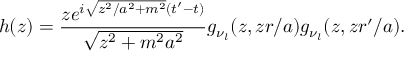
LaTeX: h ( z ) = \frac { z e ^ { i \sqrt { z ^ { 2 } / a ^ { 2 } + m ^ { 2 } } ( t ^ { \prime } - t ) } } { \sqrt { z ^ { 2 } + m ^ { 2 } a ^ { 2 } } } g _ { \nu _ { l } } ( z , z r / a ) g _ { \nu _ { l } } ( z , z r ^ { \prime } / a ) .